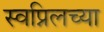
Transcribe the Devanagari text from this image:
स्वप्निलच्या